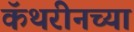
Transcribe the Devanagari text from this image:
कॅथरीनच्या